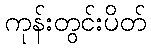
ကုန်းတွင်းပိတ်